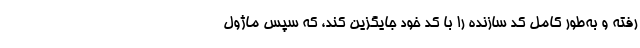
رفته و به‌طور کامل کد سازنده را با کد خود جایگزین کند، که سپس ماژول